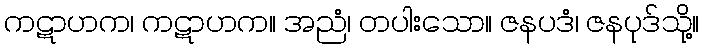
ကဋာဟက၊ ကဋာဟက။ အညံ၊ တပါးသော။ ဇနပဒံ၊ ဇနပုဒ်သို့။